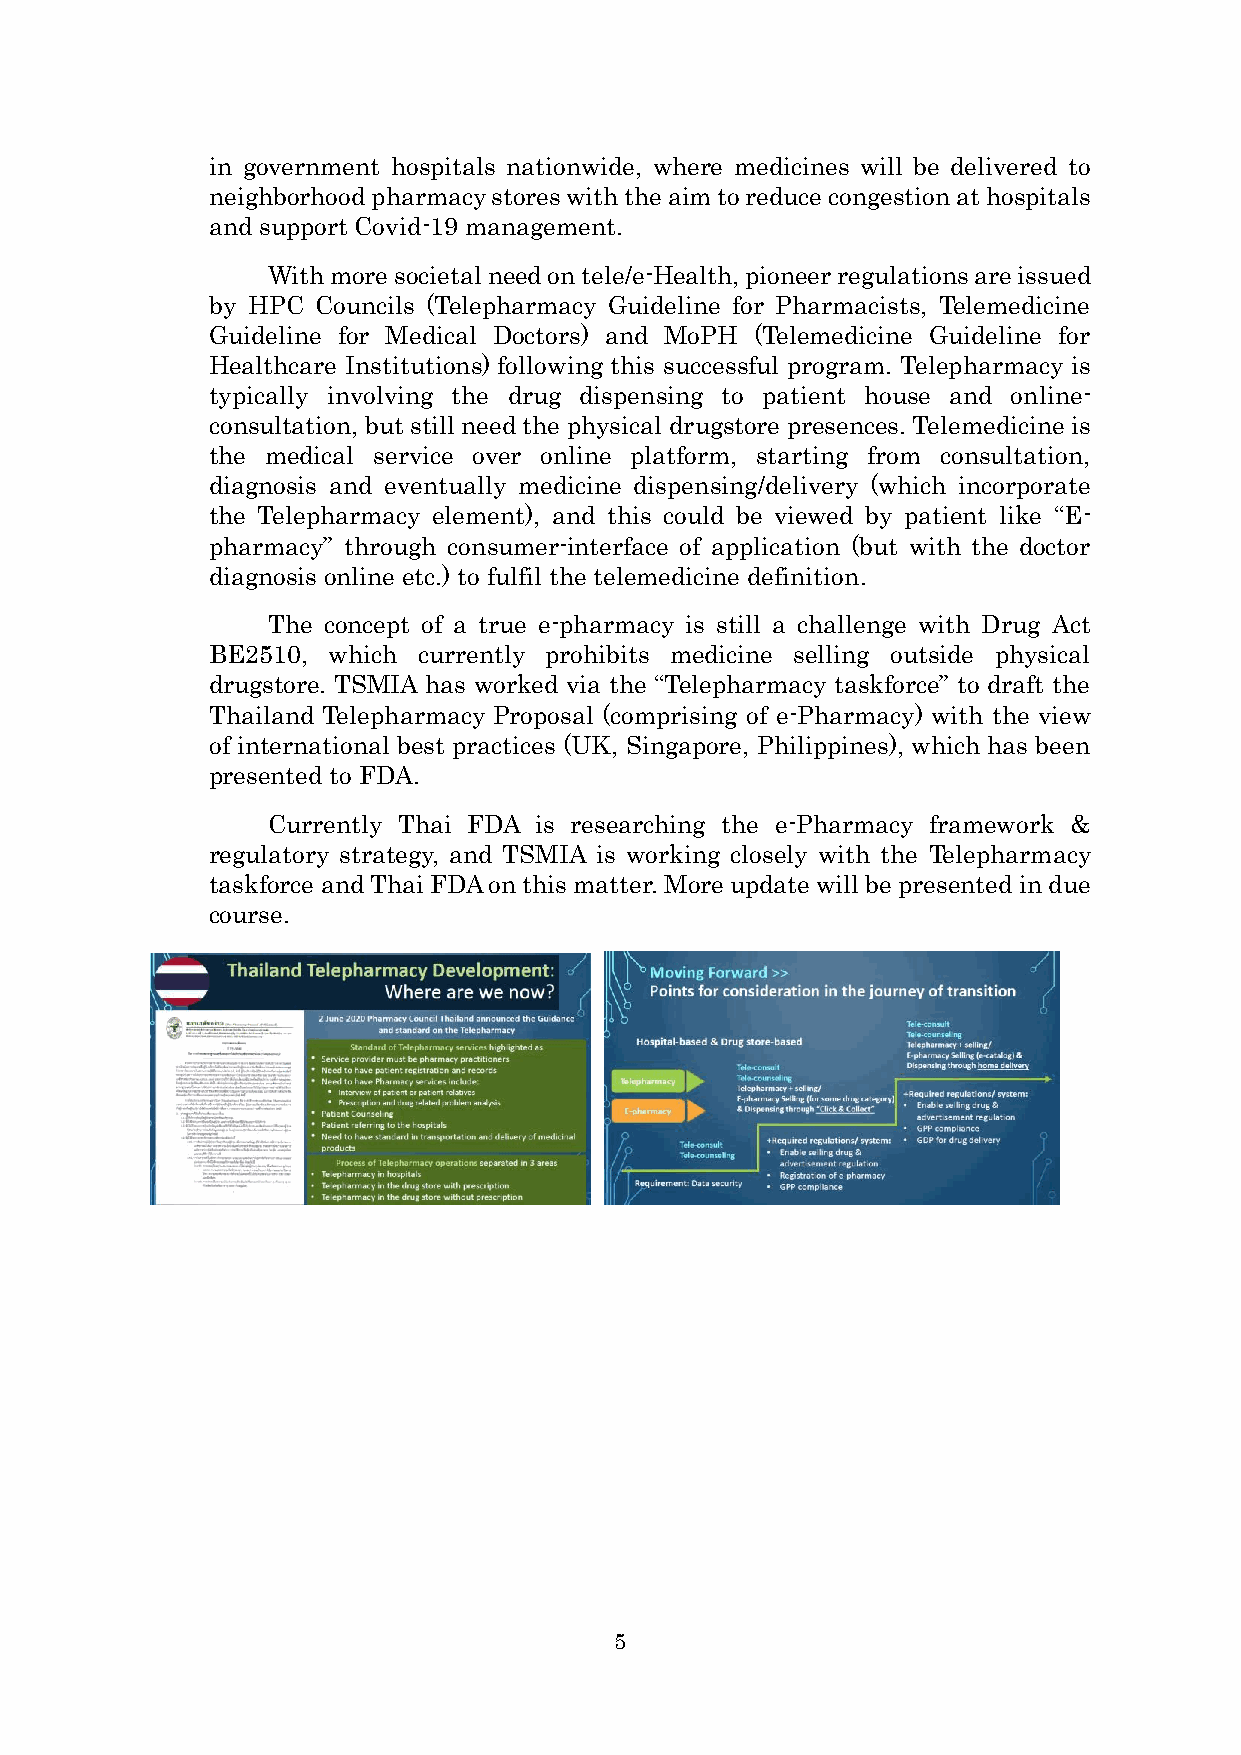
in government hospitals nationwide, where medicines will be delivered to
 neighborhood pharmacy stores with the aim to reduce congestion at hospitals
 and support Covid-19 management.
 With more societal need on tele/e-Health, pioneer regulations are issued
 by HPC Councils (Telepharmacy Guideline for Pharmacists, Telemedicine
 Guideline for Medical Doctors) and MoPH (Telemedicine Guideline for
 Healthcare Institutions) following this successful program. Telepharmacy is
 typically involving the drug dispensing to patient house and online-
 consultation, but still need the physical drugstore presences. Telemedicine is
 the medical service over online platform, starting from consultation,
 diagnosis and eventually medicine dispensing/delivery (which incorporate
 the Telepharmacy element), and this could be viewed by patient like “E-
 pharmacy” through consumer-interface of application (but with the doctor
 diagnosis online etc.) to fulfil the telemedicine definition.
 The concept of a true e-pharmacy is still a challenge with Drug Act
 BE2510, which currently prohibits medicine selling outside physical
 drugstore. TSMIA has worked via the “Telepharmacy taskforce” to draft the
 Thailand Telepharmacy Proposal (comprising of e-Pharmacy) with the view
 of international best practices (UK, Singapore, Philippines), which has been
 presented to FDA.
 Currently Thai FDA is researching the e-Pharmacy framework &
 regulatory strategy, and TSMIA is working closely with the Telepharmacy
 taskforce and Thai FDA on this matter. More update will be presented in due
 course.
 5